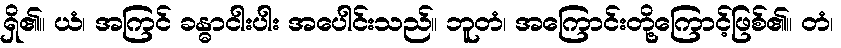
ရှိ၏။ ယံ၊ အကြင် ခန္ဓာငါးပါး အပေါင်းသည်။ ဘူတံ၊ အကြောင်းတို့ကြောင့်ဖြစ်၏။ တံ၊